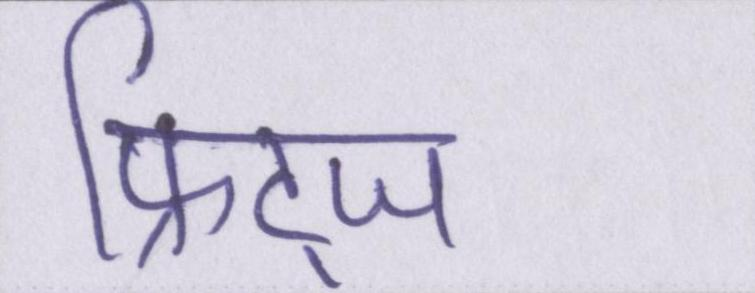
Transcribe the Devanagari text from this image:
फ्रिट्ज